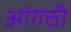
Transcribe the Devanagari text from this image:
आंगठी